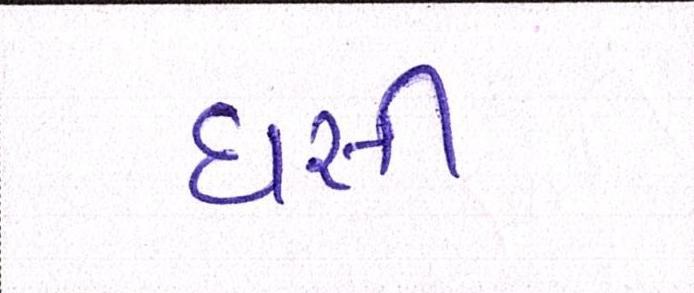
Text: ઘસી